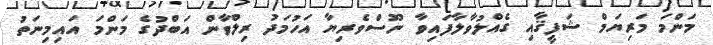
މަންމަ މަރިޔަމް ޝަފީޤާއި ގެއްލުވާލާފައިވާ ނޫސްވެރިޔާ އަހުމަދު ރިލްވާން އަބްދުގެ މަންމަ އައިމިނަތު